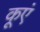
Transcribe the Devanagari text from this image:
कूएं